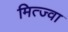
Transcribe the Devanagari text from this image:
मित्ज्वा